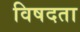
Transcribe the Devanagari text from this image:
विषदता